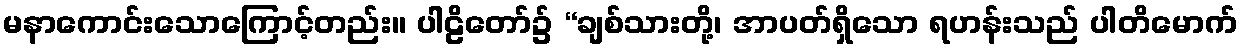
မနာကောင်းသောကြောင့်တည်း။ ပါဠိတော်၌ “ချစ်သားတို့၊ အာပတ်ရှိသော ရဟန်းသည် ပါတိမောက်